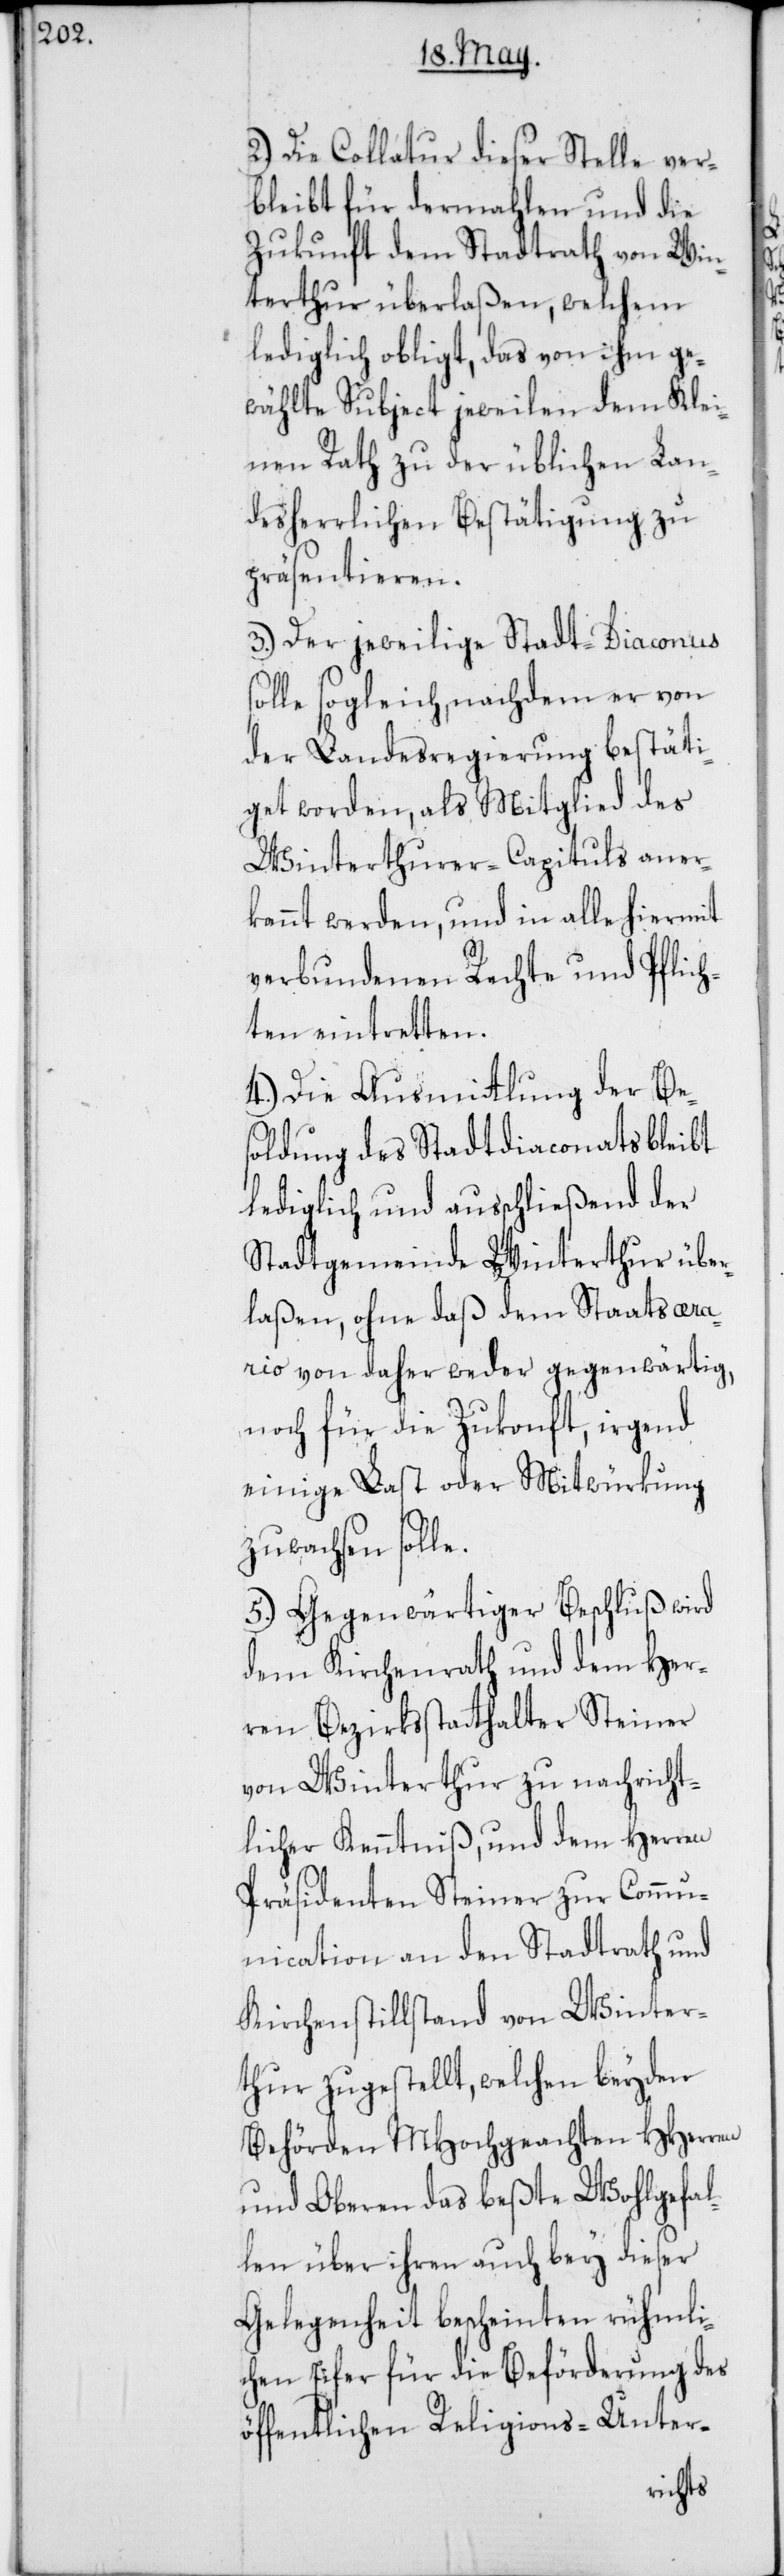
Die Collatur dieser Stelle ver¬
bleibt für dermahlen und die
Zukunft dem Stadtrath von Win¬
terthur überlaßen, welchem
lediglich obliegt, das von ihm ge¬
wählte Subject jeweilen dem Klei¬
nen Rath zu der üblichen lan¬
desherrlichen Bestätigung zu
präsentieren.
3.) Der jeweilige Stadt-Diaconus s¬
olle sogleich, nachdem er von
der Landesregierung bestäti¬
get worden, als Mitglied des
Winterthurer-Capituls aner¬
kannt werden, und in alle hiermit
verbundenen Rechte und Pflich¬
ten eintretten.
4.) Die Ausmitlung der Be¬
soldung des Stadtdiaconats bleibt
lediglich und ausschließend der
Stadtgemeinde Winterthur über¬
laßen, ohne daß dem Staatsaer¬
ario von daher weder gegenwärtig,
noch für die Zukonft, irgend
einige Last oder Mitwürkung
zuwachsen solle.
5.) Gegenwärtiger Beschluß wird
dem Kirchenrath und dem Her¬
ren Bezirksstatthalter Steiner
von Winterthur zu nachricht¬
licher Kenntniß, und dem Herren
Präsidenten Steiner zur Commu¬
nication an den Stadtrath und
Kirchenstillstand von Winter¬
thur zugestellt, welchen beyden
Behörden MHochgeachten HHerren
und Oberen das beßte Wohlgefal¬
len über ihren auch bey dieser
Gelegenheit bescheinten rühmli¬
chen Eifer für die Beförderung des
öffentlichen Religions-Unter-